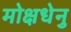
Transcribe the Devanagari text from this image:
मोक्षधेनु